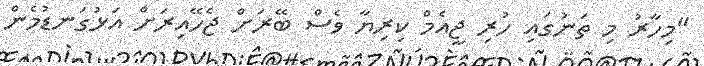
"މިހާރު މި ތަނުގައި ހުރި ޖީއެމް ކިރިޔާ ވެސް ބޭރަށް ޖެހޭއިރަށް އަޅުގަނޑުމެން